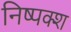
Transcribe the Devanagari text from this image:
निष्पक्श